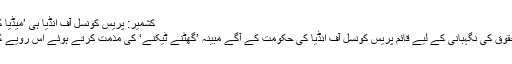
کشمیر: پریس کونسل آف انڈیا ہی ’میڈیا کی آزادی کے خلاف‘ | معاشرہ | DW | 26.08.2019
بھارت میں صحافیوں کی متعدد تنظیموں نے میڈیا کے حقوق کی نگہبانی کے لیے قائم پریس کونسل آف انڈیا کی حکومت کے آگے مبینہ ’گھٹنے ٹیکنے‘ کی مذمت کرتے ہوئے اس رویے کو صحافت کی آزادی کے لیے تشویش ناک قرار دیا ہے۔